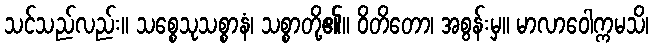
သင်သည်လည်း။ သစ္စေသုသစ္စာနံ၊ သစ္စာတို့၏။ ဝိတိတော၊ အစွန်းမှ။ မာလာဝေါက္ကမသိ၊